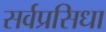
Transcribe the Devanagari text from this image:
सर्वप्रसिधा